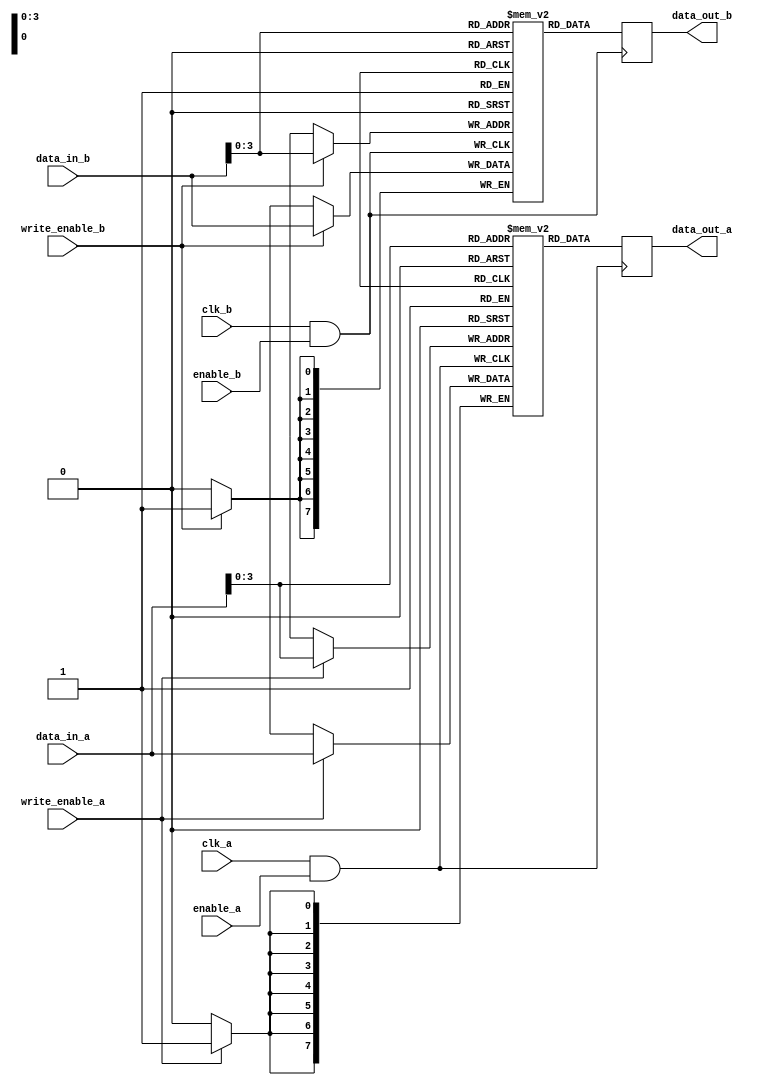
module clock_gated_memory(
    input wire clk_a,            // Clock for domain A
    input wire clk_b,            // Clock for domain B
    input wire enable_a,         // Enable signal for clock A
    input wire enable_b,         // Enable signal for clock B
    input wire [7:0] data_in_a,  // Data input for memory A
    input wire [7:0] data_in_b,  // Data input for memory B
    input wire write_enable_a,    // Write enable for domain A
    input wire write_enable_b,    // Write enable for domain B
    output reg [7:0] data_out_a,  // Data output for memory A
    output reg [7:0] data_out_b   // Data output for memory B
);

// Clock Gating Logic
wire gated_clk_a;
wire gated_clk_b;

// Gating Cells
assign gated_clk_a = clk_a & enable_a; // AND gate for clock A
assign gated_clk_b = clk_b & enable_b; // AND gate for clock B

// Memory Blocks (Simple registers for this example)
reg [7:0] memory_a [0:15]; // 16 x 8-bit memory for domain A
reg [7:0] memory_b [0:15]; // 16 x 8-bit memory for domain B

// Write logic for Memory A
always @(posedge gated_clk_a) begin
    if (write_enable_a) begin
        memory_a[data_in_a[3:0]] <= data_in_a; // write to memory A
    end
    data_out_a <= memory_a[data_in_a[3:0]]; // read from memory A
end

// Write logic for Memory B
always @(posedge gated_clk_b) begin
    if (write_enable_b) begin
        memory_b[data_in_b[3:0]] <= data_in_b; // write to memory B
    end
    data_out_b <= memory_b[data_in_b[3:0]]; // read from memory B
end

endmodule